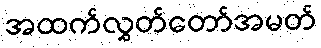
အထက်လွှတ်တော်အမတ်